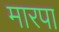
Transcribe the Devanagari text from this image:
मारपा